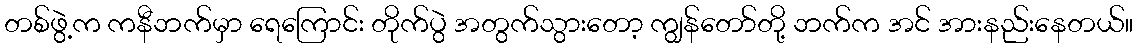
တစ်ဖွဲ့က ကနီဘက်မှာ ရေကြောင်း တိုက်ပွဲ အတွက်သွားတော့ ကျွန်တော်တို့ ဘက်က အင် အားနည်းနေတယ်။